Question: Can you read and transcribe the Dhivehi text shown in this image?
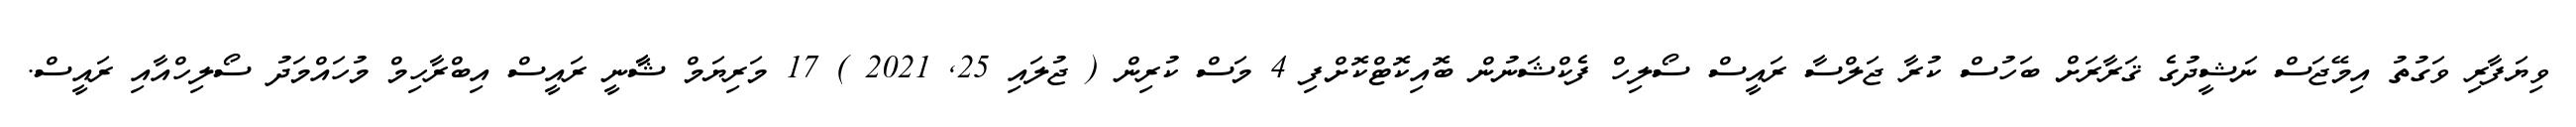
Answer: ވިޔަފާރި ވަގުތު އިމޭޖަސް ނަޝީދުގެ ޤަރާރަށް ބަހުސް ކުރާ ޖަލްސާ ރައީސް ސޯލިހް ފެކްޝަނުން ބޮއިކޮޓްކޮށްފި 4 މަސް ކުރިން ( ޖުލައި 25, 2021 ) 17 މަރިޔަމް ޝާާނީ ރައީސް އިބްރާހިމް މުހައްމަދު ސޯލިހްއާއި ރައީސް.